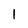
Character: 1